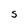
Character: S